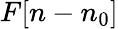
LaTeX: F[n-n_{0}]